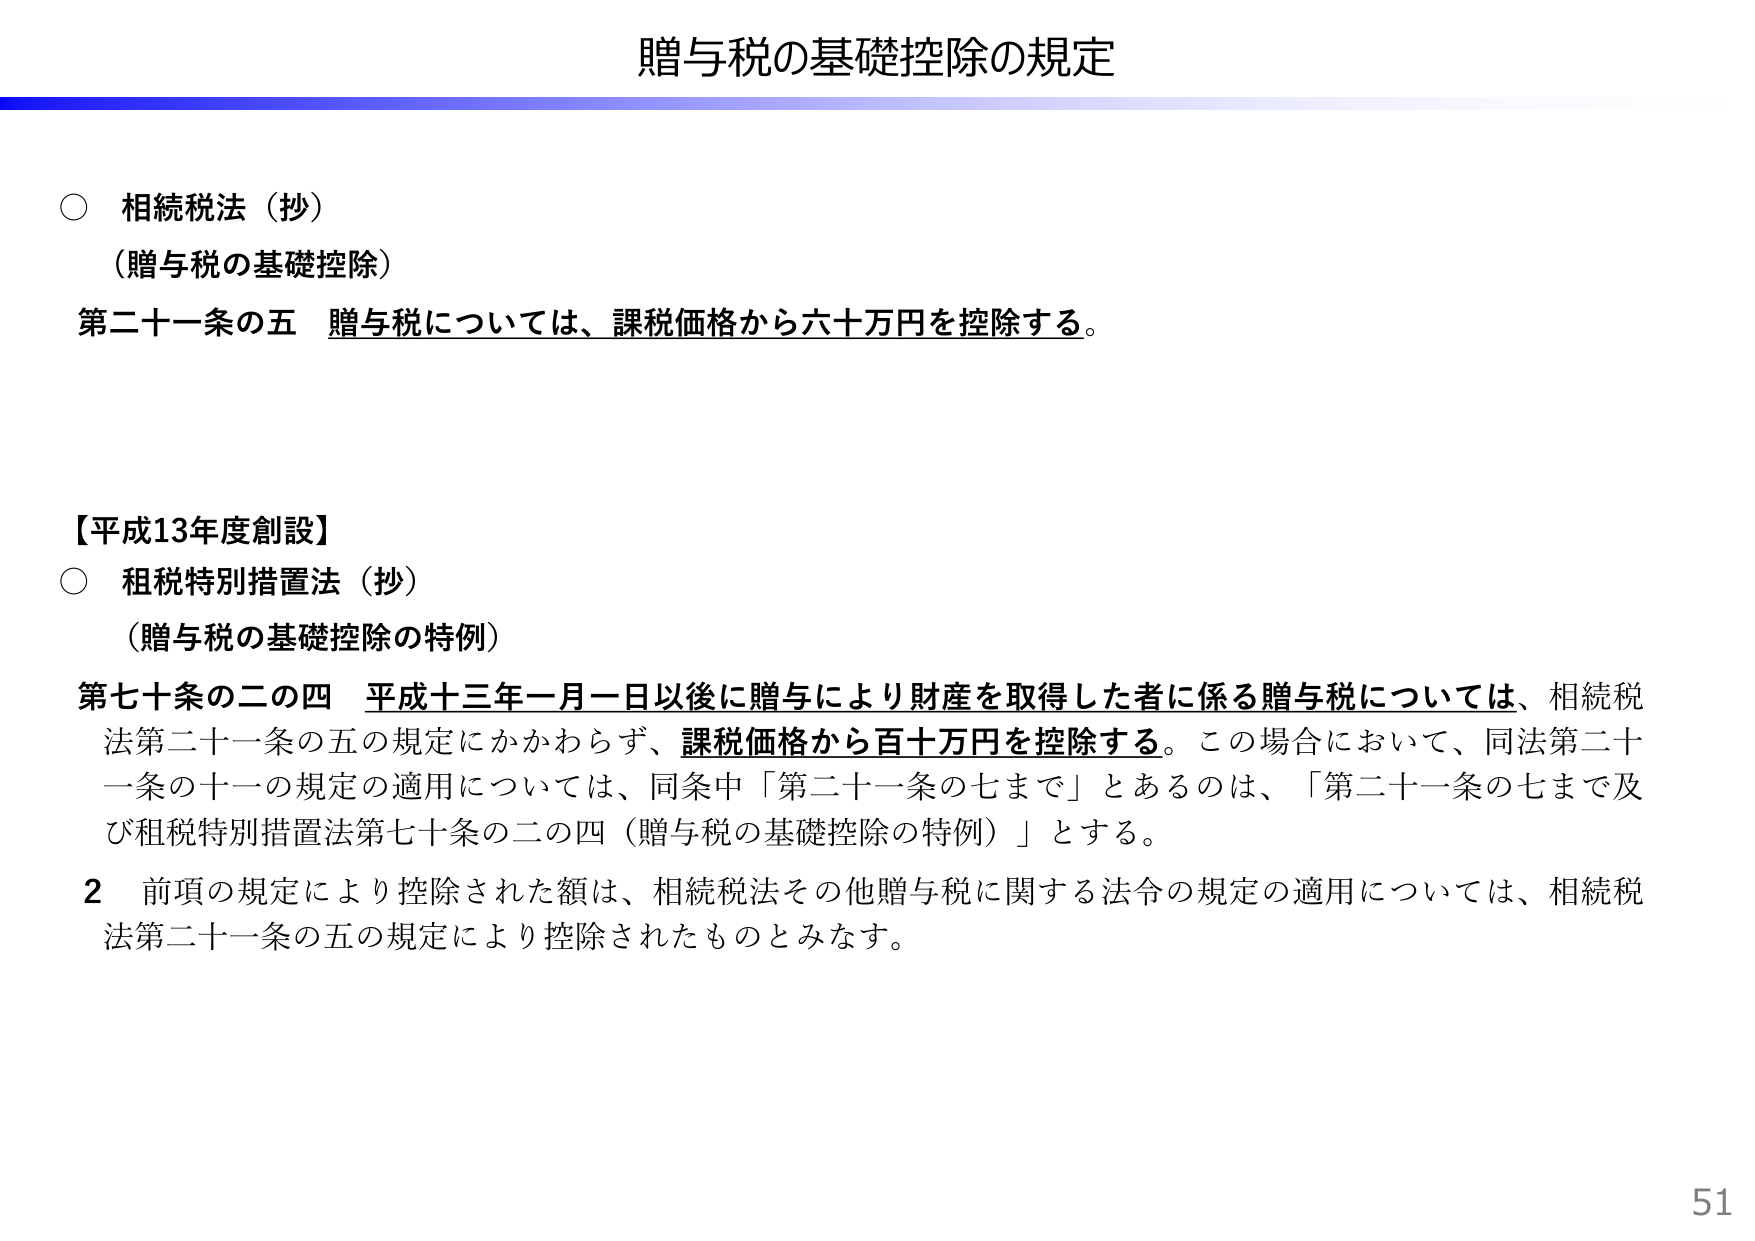
贈与税の基礎控除の規定

○ 相続税法（抄）
（贈与税の基礎控除）
第二十一条の五 贈与税については、課税価格から六十万円を控除する。

【平成13年度創設】
○ 租税特別措置法（抄）
（贈与税の基礎控除の特例）
第七十条の二の四 平成十三年一月一日以後に贈与により財産を取得した者に係る贈与税については、相続税法第二十一条の五の規定にかかわらず、課税価格から百十万円を控除する。この場合において、同法第二十一条の十一の規定の適用については、同条中「第二十一条の七まで」とあるのは、「第二十一条の七まで及び租税特別措置法第七十条の二の四（贈与税の基礎控除の特例）」とする。
2 前項の規定により控除された額は、相続税法その他贈与税に関する法令の規定の適用については、相続税法第二十一条の五の規定により控除されたものとみなす。

51